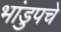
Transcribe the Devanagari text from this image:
भांडुपचे